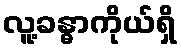
လူ့ခန္ဓာကိုယ်ရှိ